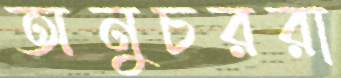
অনুচররা